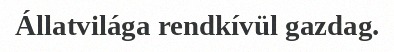
Állatvilága rendkívül gazdag.